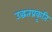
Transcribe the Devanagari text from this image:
उद्धतप्रकृति